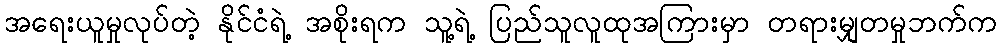
အရေးယူမှုလုပ်တဲ့ နိုင်ငံရဲ့ အစိုးရက သူ့ရဲ့ ပြည်သူလူထုအကြားမှာ တရားမျှတမှုဘက်က